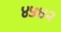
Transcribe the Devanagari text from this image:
४५४२